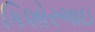
કિશોરભાઇ